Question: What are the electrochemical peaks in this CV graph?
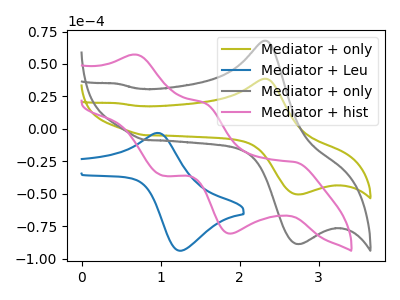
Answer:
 <answer>The olive curve "Mediator + only" has an anodic peak at (2.30V, 38.65uA) and a cathodic peak at (2.70V, -50.35uA). The blue curve "Mediator + Leu" has an anodic peak at (0.95V, -3.10uA) and a cathodic peak at (1.25V, -93.75uA). The gray curve "Mediator + only" has an anodic peak at (2.30V, 67.95uA) and a cathodic peak at (2.70V, -88.50uA). The pink curve "Mediator + hist" has anodic peaks at (0.70V, 57.20uA) (1.55V, 19.85uA) and cathodic peaks at (2.70V, -25.55uA) (1.90V, -80.55uA) (1.05V, -35.90uA).</answer>
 <eval></eval>